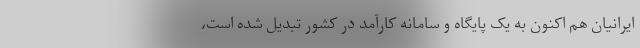
ایرانیان هم اکنون به یک پایگاه و سامانه کارآمد در کشور تبدیل شده است،